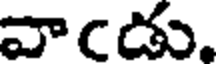
వాఁడు.